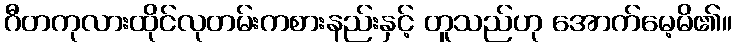
ဂီတကုလားထိုင်လုတမ်းကစားနည်းနှင့် တူသည်ဟု အောက်မေ့မိ၏။